Report of the King Institute of Preventive Medicine, Guindy
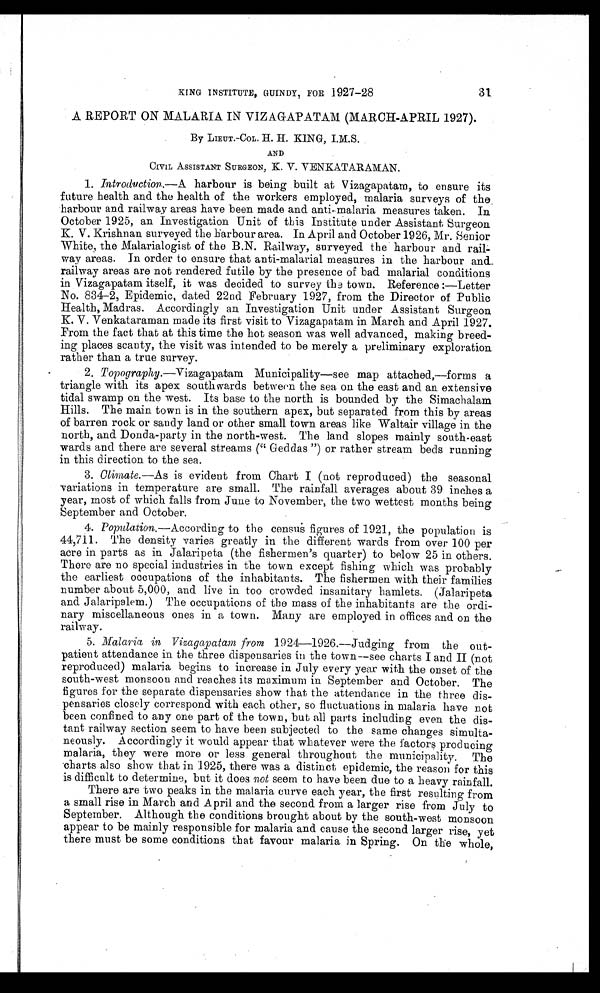
31
KING INSTITUTE, GUINDY, FOR 1927-28
A REPORT ON MALARIA IN VIZAGAPATAM (MARCH-APRIL 1927).
By LIEUT.-COL. H. H. KING, I.M.S.
AND
CIVIL ASSISTANT SURGEON, K. V. VENKATARAMAN.
1.
Introduction .—A harbour is being built at Vizagapatam, to ensure its
future health and the health of the workers employed, malaria surveys of the
harbour and railway areas have been made and anti-malaria measures taken. In
October 1925, an Investigation Unit of this Institute under Assistant, Surgeon
K. V. Krishnan surveyed the harbour area. In April and October 1926, Mr. Senior
White, the Malarialogist of the B.N. Railway, surveyed the harbour and rail-
-way areas. In order to ensure that anti-malarial measures in the harbour and
railway areas are not rendered futile by the presence of bad malarial conditions
in Vizagapatam itself, it was decided to survey the town. Reference :—Letter
No. 834-2, Epidemic, dated 22nd February 1927, from the Director of Public
Health, Madras. Accordingly an Investigation Unit under Assistant Surgeon
K. V. Venkataraman made its first visit to Vizagapatam in March and April 1927.
From the fact that at this time the hot season was well advanced, making breed-
ing places scanty, the visit was intended to be merely a preliminary exploration
rather than a true survey.
2.
Topography .—Vizagapatam Municipality—see map attached,—forms a
triangle with its apex southwards between the sea on the east and an extensive
tidal swamp on the west. Its base to the north is bounded by the Simachalam
Hills. The main town is in the southern apex, but separated from this by areas
of barren rock or sandy land or other small town areas like Waltair village in the
north, and Donda-party in the north-west. The land slopes mainly south-east
wards and there are several streams (" Geddas ") or rather stream beds running
in this direction to the sea.
3.
Climate .—As is evident from Chart I (not reproduced) the seasonal
variations in temperature are small. The rainfall averages about 39 inches a
year, most of which falls from June to November, the two wettest months being
September and October.
4.
Population .—According to the census figures of 1921, the population is
44,711. The density varies greatly in the different wards from over 100 per
acre in parts as in Jalaripeta (the fishermen's quarter) to below 25 in others.
There are no special industries in the town except fishing which was probably
the earliest occupations of the inhabitants. The fishermen with their families
number about 5,000, and live in too crowded insanitary hamlets. (Jalaripeta
and Jalaripalem.) The occupations of the mass of the inhabitants are the ordi-
-nary miscellaneous ones in a town. Many are employed in offices and on the
railway.
5.
Malaria in Vizagapatam from 1924—1926.—Judging from the out--
patient attendance in the three dispensaries in the town—see charts I and II (not
reproduced) malaria begins to increase in July every year with the onset of the
south-west monsoon and reaches its maximum in September and October. The
figures for the separate dispensaries show that the attendance in the three dis-
-pensaries closely correspond with each other, so fluctuations in malaria have not
been confined to any one part of the town, but all parts including even the dis--
tant railway section seem to have been subjected to the same changes simulta--
neously. Accordingly it would appear that whatever were the factors producing
malaria, they were more or less general throughout the municipality. The
charts also show that in 1925, there was a distinct epidemic, the reason for this
is difficult to determine, but it does not seem to have been due to a heavy rainfall.
There are two peaks in the malaria curve each year, the first resulting from
a small rise in March and April and the second from a larger rise from July to
September. Although the conditions brought about by the south-west monsoon
appear to be mainly responsible for malaria and cause the second larger rise, yet
there must be some conditions that favour malaria in Spring. On the whole,